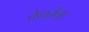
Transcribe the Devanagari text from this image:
वैधतेला